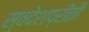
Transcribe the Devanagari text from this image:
स्वदेशप्रीती